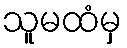
သူမထံမှ